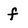
Character: f